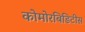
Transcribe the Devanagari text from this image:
कोमोरबिडिटीस